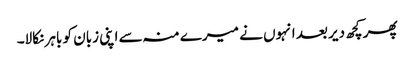
پھر کچھ دیر بعد انہوں نے میرے منہ سے اپنی زبان کو باہر نکالا۔